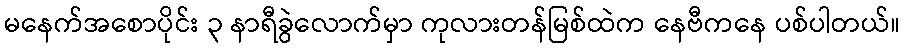
မနေက်အစောပိုင်း ၃ နာရီခွဲလောက်မှာ ကုလားတန်မြစ်ထဲက နေဗီကနေ ပစ်ပါတယ်။